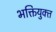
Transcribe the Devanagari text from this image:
भक्तियुक्‍त